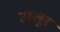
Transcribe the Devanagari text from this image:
उस्लूब